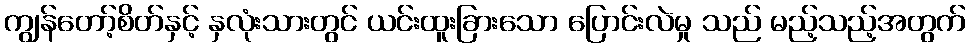
ကျွန်တော့်စိတ်နှင့် နှလုံးသားတွင် ယင်းထူးခြားသော ပြောင်းလဲမှု သည် မည့်သည့်အတွက်